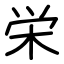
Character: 栄